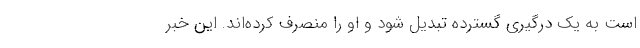
است به یک درگیری گسترده تبدیل شود و او را منصرف کرده‌اند. این خبر